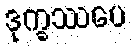
ဒုက္ခဿပေ